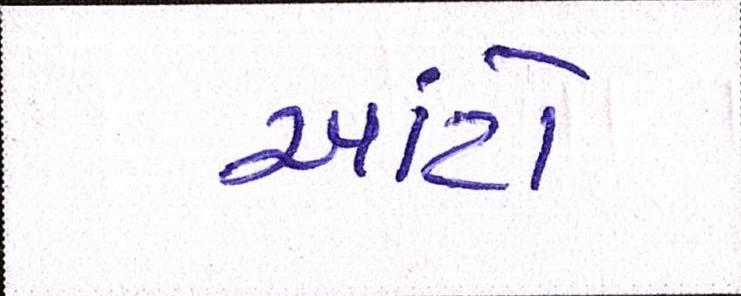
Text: આંટો